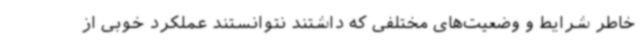
خاطر شرایط و وضعیت‌های مختلفی که داشتند نتوانستند عملکرد خوبی از